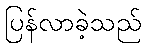
ပြန်လာခဲ့သည်